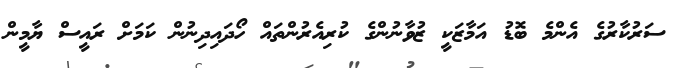
ސަރުކާރުގެ އެންމެ ބޮޑު އަމާޒަކީ ޒުވާނުންގެ ކުރިއެރުންތައް ހޯދައިދިނުން ކަމަށް ރައީސް ޔާމީން